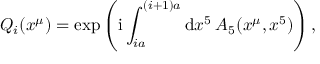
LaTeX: Q _ { i } ( x ^ { \mu } ) = \mathrm { e x p } \left( \mathrm { i } \int _ { i a } ^ { ( i + 1 ) a } { \mathrm { d } x ^ { 5 } \: A _ { 5 } ( x ^ { \mu } , x ^ { 5 } ) } \right) ,